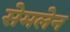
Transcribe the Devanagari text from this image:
सेमलेन